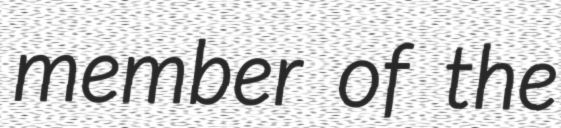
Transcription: member of the